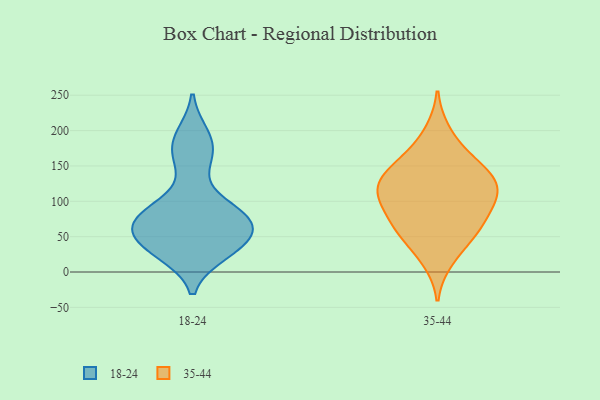
{"axis": {"x": "Temperature (°C)", "y": "Value"}, "legend": ["18-24", "35-44"], "data": [{"x": "", "y": 192, "type": "18-24"}, {"x": "", "y": 79, "type": "18-24"}, {"x": "", "y": 34, "type": "18-24"}, {"x": "", "y": 28, "type": "18-24"}, {"x": "", "y": 79, "type": "18-24"}, {"x": "", "y": 76, "type": "18-24"}, {"x": "", "y": 89, "type": "18-24"}, {"x": "", "y": 45, "type": "18-24"}, {"x": "", "y": 70, "type": "18-24"}, {"x": "", "y": 36, "type": "18-24"}, {"x": "", "y": 57, "type": "18-24"}, {"x": "", "y": 155, "type": "18-24"}, {"x": "", "y": 177, "type": "18-24"}, {"x": "", "y": 106, "type": "35-44"}, {"x": "", "y": 136, "type": "35-44"}, {"x": "", "y": 166, "type": "35-44"}, {"x": "", "y": 104, "type": "35-44"}, {"x": "", "y": 66, "type": "35-44"}, {"x": "", "y": 198, "type": "35-44"}, {"x": "", "y": 17, "type": "35-44"}, {"x": "", "y": 112, "type": "35-44"}, {"x": "", "y": 71, "type": "35-44"}, {"x": "", "y": 148, "type": "35-44"}, {"x": "", "y": 125, "type": "35-44"}, {"x": "", "y": 108, "type": "35-44"}, {"x": "", "y": 38, "type": "35-44"}, {"x": "", "y": 69, "type": "35-44"}, {"x": "", "y": 151, "type": "35-44"}, {"x": "", "y": 122, "type": "35-44"}, {"x": "", "y": 61, "type": "35-44"}]}